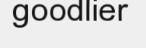
goodlier